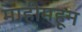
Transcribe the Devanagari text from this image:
माहीमहून